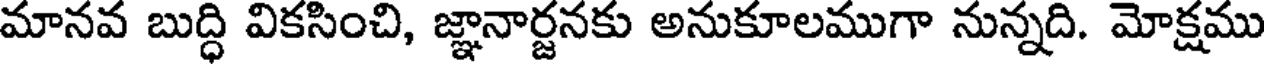
మానవ బుద్ధి వికసించి, జ్ఞానార్జనకు అనుకూలముగా నున్నది. మోక్షము